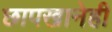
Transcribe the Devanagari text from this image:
छापखानेही